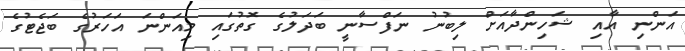
އަންނި އާއި ޝަހިންދާއަށް ލިބުނު ނަފްސާނީ ބަދަލުގެ ގޮތުގައި މިއަންނަ އަހަރުގެ ބަޖެޓުގެ